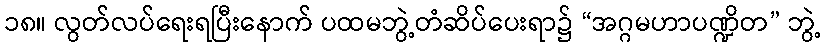
၁၈။ လွတ်လပ်ရေးရပြီးနောက် ပထမဘွဲ့တံဆိပ်ပေးရာ၌ “အဂ္ဂမဟာပဏ္ဍိတ” ဘွဲ့